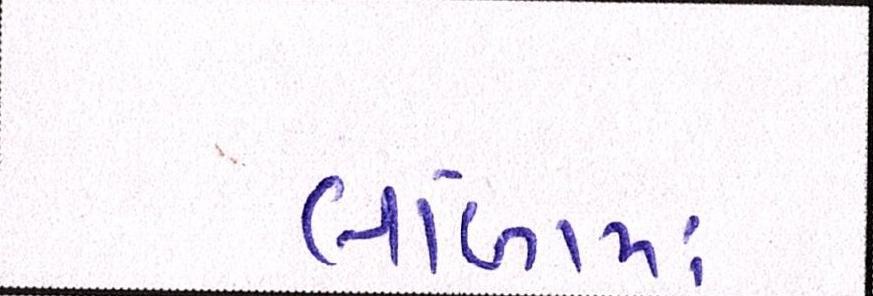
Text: લાંબામાં